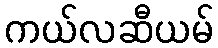
ကယ်လဆီယမ်